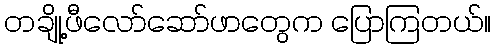
တချို့ဖီလော်ဆော်ဖာတွေက ပြောကြတယ်။